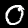
Digit: 0